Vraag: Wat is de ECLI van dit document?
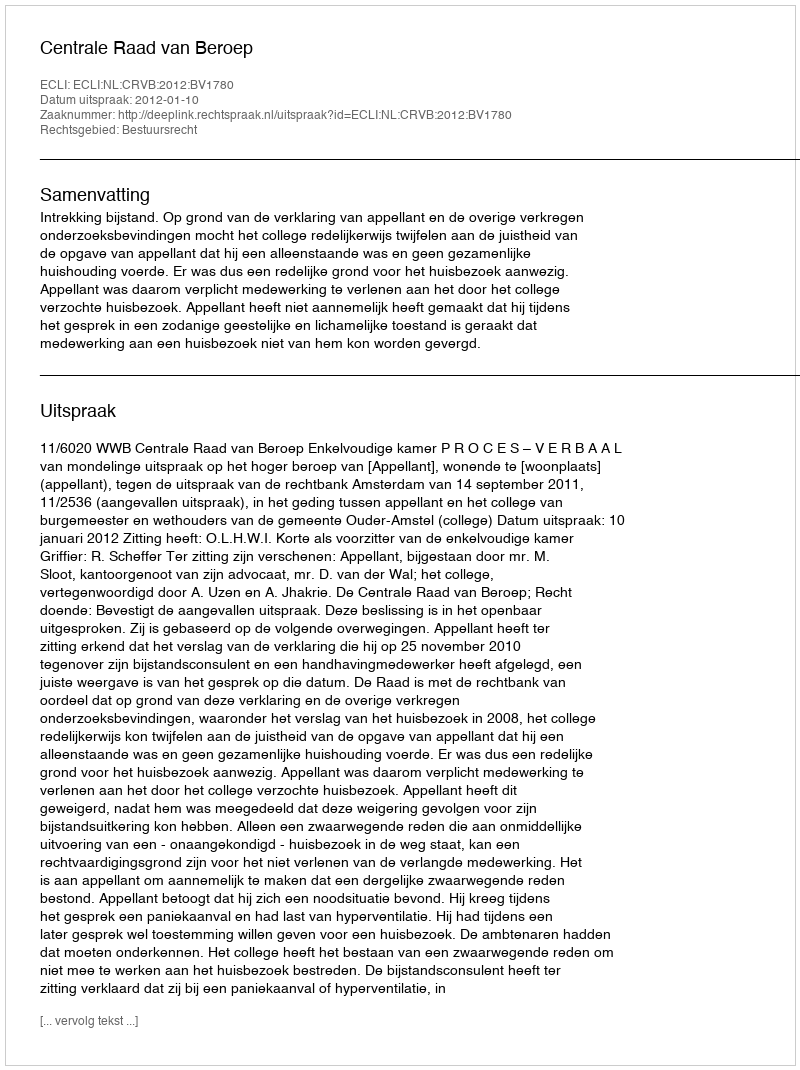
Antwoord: ECLI:NL:CRVB:2012:BV1780